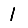
Digit: 1